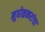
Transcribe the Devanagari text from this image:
मुधोळकरांचा